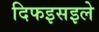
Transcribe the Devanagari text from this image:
दिफइसइले